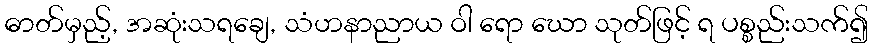
ဓာတ်မှည့်, အဆုံးသရချေ, သံဟနာညာယ ဝါ ရော ဃော သုတ်ဖြင့် ရ ပစ္စည်းသက်၍